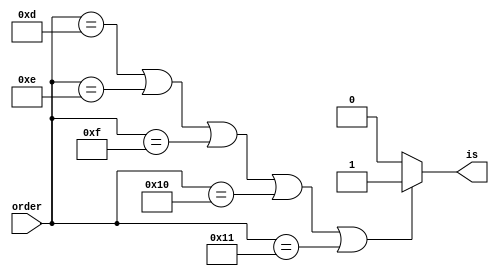
`define LB 6'd13
`define LH 6'd14
`define LW 6'd15
`define LBU 6'd16
`define LHU 6'd17



module Load(
    input wire [5:0] order,
    output reg is
);

always @(*) begin
    if(order==`LB || order==`LH || order==`LW || order==`LBU || order==`LHU) begin
        is=1'b1;
    end
    else begin
        is=1'b0;
    end
end

endmodule